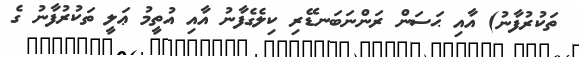
ތަކުރުފާނު) އާއި ޙަސަން ރަންނަބަނޑޭރި ކިލެގެފާނު އާއި އުތީމު ޢަލީ ތަކުރުފާނު ގެ